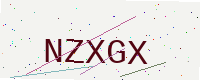
Text: NZXGX